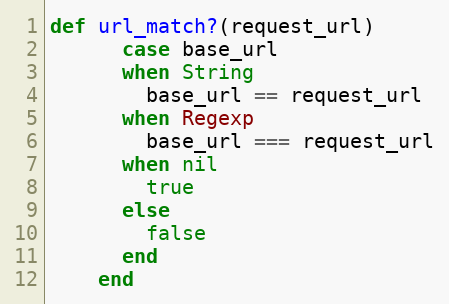
Language: Ruby
def url_match?(request_url)
      case base_url
      when String
        base_url == request_url
      when Regexp
        base_url === request_url
      when nil
        true
      else
        false
      end
    end